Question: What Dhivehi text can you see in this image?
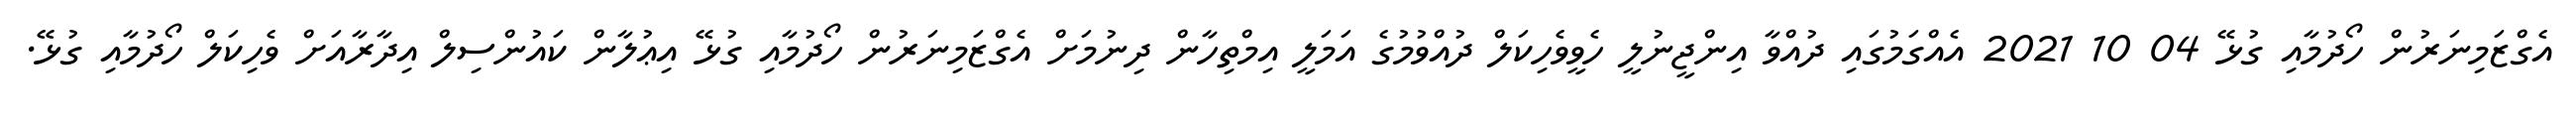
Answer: އެގްޒަމިނަރުން ހޯދުމާއި ގުޅޭ 04 10 2021 އެއްގަމުގައި ދުއްވާ އިންޖީނުލީ ހެވީވެހިކަލް ދުއްވުމުގެ އަމަލީ އިމްތިހާން ދިނުމަށް އެގްޒަމިނަރުން ހޯދުމާއި ގުޅޭ އިޢުލާން ކައުންސިލް އިދާރާއަށް ވެހިކަލް ހޯދުމާއި ގުޅޭ.